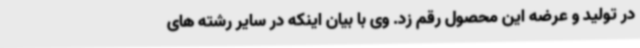
در تولید و عرضه این محصول رقم زد. وی با بیان اینکه در سایر رشته های